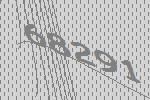
68291